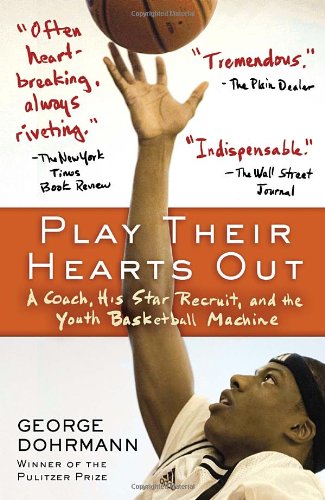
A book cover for Play Their Hearts Out: A Coach, His Star Recruit, and the Youth Basketball Machine; George Dohrmann; Sports & Outdoors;